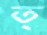
ত্